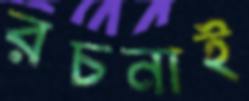
রচনাই